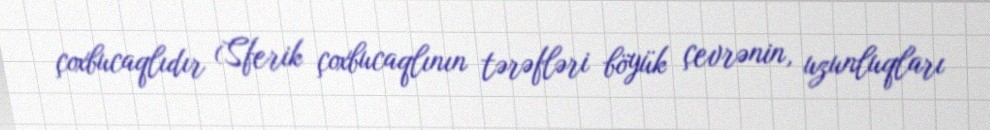
çoxbucaqlıdır (Sferik çoxbucaqlının tərəfləri böyük çevrənin, uzunluqları